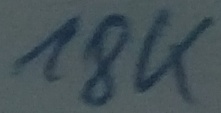
Text: 18K